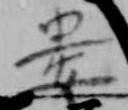
婁